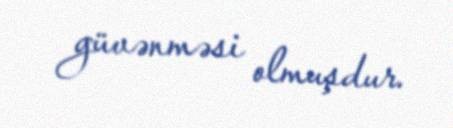
güvənməsi olmuşdur.